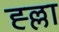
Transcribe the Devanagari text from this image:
ह्ल्ला